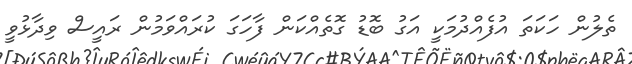
ތެލުން ހަކަތަ އުފެއްދުމަކީ އަގު ބޮޑު ގޮތެއްކަން ފާހަގަ ކުރައްވަމުން ރައީސް ވިދާޅުވީ